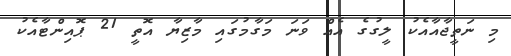
މި ނަތީޖާއާއެކު ލީގުގެ އެއް ވަނަ މަގާމުގައި މާޒިޔާ އޮތީ 21 ޕޮއިންޓާއެކު